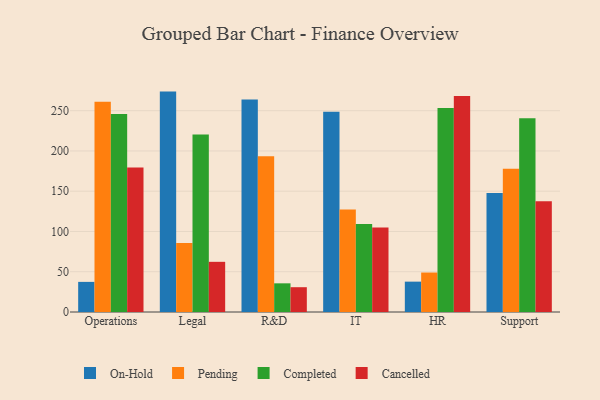
{"axis": {"x": "Department", "y": "Humidity (%)"}, "legend": ["Cancelled", "Completed", "On-Hold", "Pending"], "data": [{"x": "Operations", "y": 37.4, "type": "On-Hold"}, {"x": "Operations", "y": 261.0, "type": "Pending"}, {"x": "Operations", "y": 246.0, "type": "Completed"}, {"x": "Operations", "y": 179.3, "type": "Cancelled"}, {"x": "Legal", "y": 273.7, "type": "On-Hold"}, {"x": "Legal", "y": 85.8, "type": "Pending"}, {"x": "Legal", "y": 220.4, "type": "Completed"}, {"x": "Legal", "y": 62.3, "type": "Cancelled"}, {"x": "R&D", "y": 264.0, "type": "On-Hold"}, {"x": "R&D", "y": 193.3, "type": "Pending"}, {"x": "R&D", "y": 35.6, "type": "Completed"}, {"x": "R&D", "y": 30.8, "type": "Cancelled"}, {"x": "IT", "y": 248.6, "type": "On-Hold"}, {"x": "IT", "y": 127.3, "type": "Pending"}, {"x": "IT", "y": 109.2, "type": "Completed"}, {"x": "IT", "y": 105.0, "type": "Cancelled"}, {"x": "HR", "y": 37.7, "type": "On-Hold"}, {"x": "HR", "y": 49.0, "type": "Pending"}, {"x": "HR", "y": 253.2, "type": "Completed"}, {"x": "HR", "y": 268.1, "type": "Cancelled"}, {"x": "Support", "y": 147.8, "type": "On-Hold"}, {"x": "Support", "y": 177.8, "type": "Pending"}, {"x": "Support", "y": 240.5, "type": "Completed"}, {"x": "Support", "y": 137.4, "type": "Cancelled"}]}